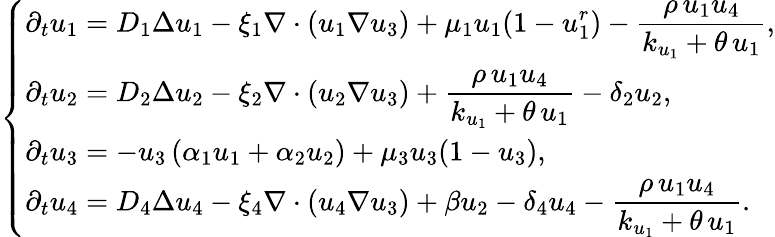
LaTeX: \left\{ \begin{array}{ll}{\displaystyle{\partial_{t}u_{1}=D_{1}\Delta u_{1}-\xi_{1}\nabla\cdot\left(u_{1}\nabla u_{3}\right)+\mu_{1}u_{1}(1-u_{1}^{r})-\frac{\rho\, u_{1}u_{4}}{k_{u_{1}}+\theta\, u_{1}},}}\\ {\displaystyle{\partial_{t}u_{2}=D_{2}\Delta u_{2}-\xi_{2}\nabla\cdot\left(u_{2}\nabla u_{3}\right)+\frac{\rho\, u_{1}u_{4}}{k_{u_{1}}+\theta\, u_{1}}-\delta_{2}u_{2}},}\\ {\displaystyle{\partial_{t}u_{3}=-u_{3}\left(\alpha_{1}u_{1}+\alpha_{2}u_{2}\right)+\mu_{3}u_{3}(1-u_{3})},}\\ {\displaystyle{\partial_{t}u_{4}=D_{4}\Delta u_{4}-\xi_{4}\nabla\cdot\left(u_{4}\nabla u_{3}\right)+\beta u_{2}-\delta_{4}u_{4}-\frac{\rho\, u_{1}u_{4}}{k_{u_{1}}+\theta\, u_{1}}}.}\end{array}\right.